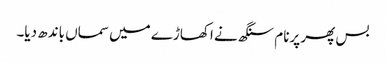
بس پھر پرنام سنگھ نے اکھاڑے میں سماں باندھ دیا۔